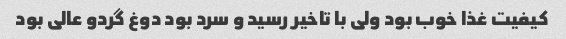
کیفیت غذا خوب بود ولی با تاخیر رسید و سرد بود دوغ گردو عالی بود